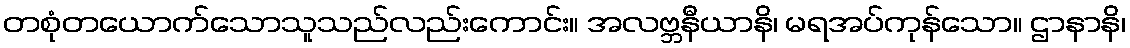
တစုံတယောက်သောသူသည်လည်းကောင်း။ အလဗ္ဘနီယာနိ၊ မရအပ်ကုန်သော။ ဌာနာနိ၊